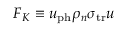
F _ { K } \equiv u _ { \mathrm { p h } } \rho _ { n } \sigma _ { \mathrm { t r } } u